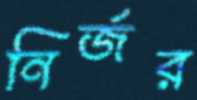
নির্জর